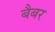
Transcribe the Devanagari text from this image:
बैबर